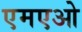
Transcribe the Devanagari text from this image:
एमएओ